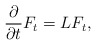
\begin{align*} \frac{\partial}{\partial t} F_t = L F_t,\end{align*}